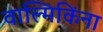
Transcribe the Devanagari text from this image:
वाल्मिकिंना